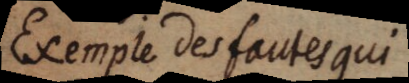
Exemple des fautes qui